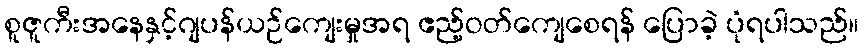
စူဇူကီးအနေနှင့်ဂျပန်ယဉ်ကျေးမှုအရ ဧည့်ဝတ်ကျေစေရန် ပြောခဲ့ ပုံရပါသည်။